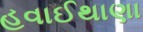
હવાઈથાણા